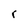
Character: r